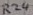
Text: R24